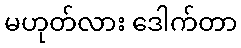
မဟုတ်လား ဒေါက်တာ